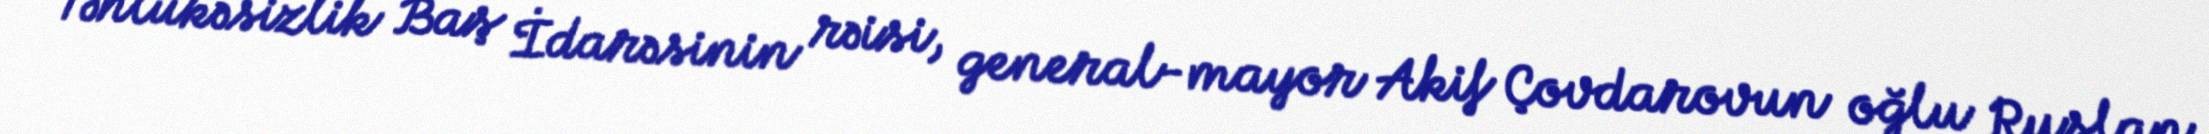
Təhlükəsizlik Baş İdarəsinin rəisi, general-mayor Akif Çovdarovun oğlu Ruslan